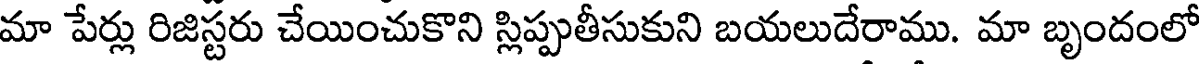
మా పేర్లు రిజిస్టరు చేయించుకొని స్లిప్పుతీసుకుని బయలుదేరాము. మా బృందంలో